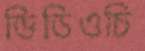
ভিডিওচি